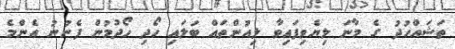
ތަޝައްހުދު ގެ މާނަ ލިޔެވިފައިވާ ލިއުންތައް ބަލައި ހޯދި ހޯދުމުން ފެނުނު އެންމެ